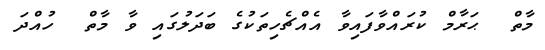
މާތް  ޙަރާމް ކުރައްވާފައިވާ އެއްޗެހިތަކުގެ ބަދަލުގައި ވާ މާތް  ހުއްދަ